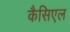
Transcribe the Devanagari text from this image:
कैसिएल